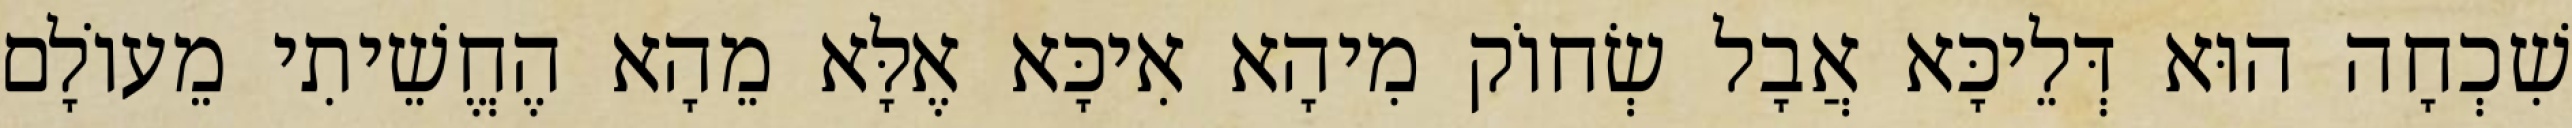
שִׁכְחָה הוּא דְּלֵיכָּא אֲבָל שְׂחוֹק מִיהָא אִיכָּא אֶלָּא מֵהָא הֶחֱשֵׁיתִי מֵעוֹלָם